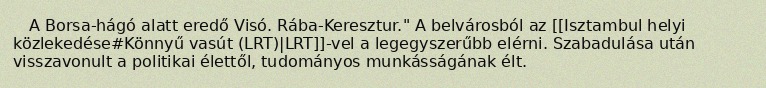
A Borsa-hágó alatt eredő Visó. Rába-Keresztur." A belvárosból az [[Isztambul helyi közlekedése#Könnyű vasút (LRT)|LRT]]-vel a legegyszerűbb elérni. Szabadulása után visszavonult a politikai élettől, tudományos munkásságának élt.